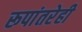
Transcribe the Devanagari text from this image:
रूपांतरेही